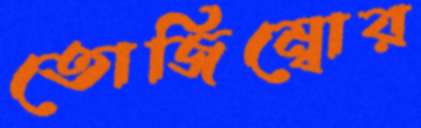
তোজিম্বোর